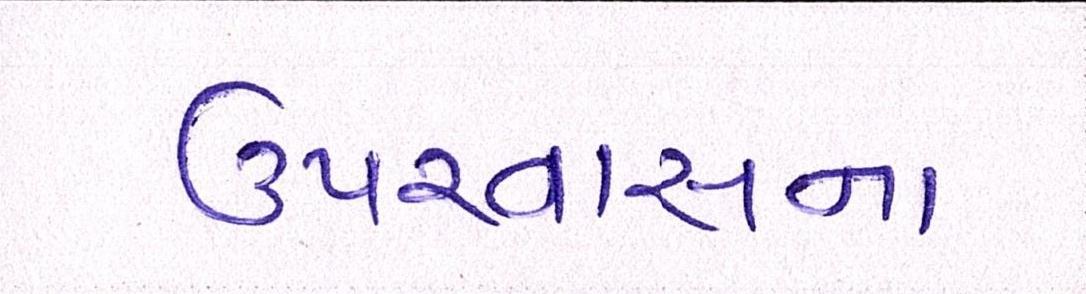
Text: ઉપરવાસના